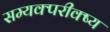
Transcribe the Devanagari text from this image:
सम्यक्परीक्ष्य